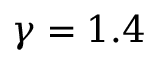
\gamma = 1 . 4